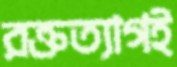
রক্তত্যাগই